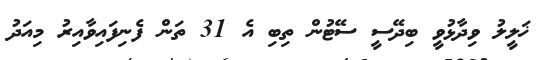
ޚަލީލު ވިދާޅުވީ ބިދޭސީ ސޭޓުން ތިބި އެ 31 ތަން ފެނިފައިވާއިރު މިއަދު